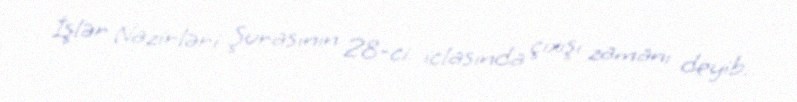
İşlər Nazirləri Şurasının 28-ci iclasında çıxışı zamanı deyib.